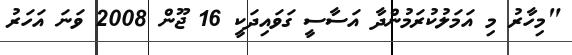
"މިހާރު މި އަމަލުކުރަމުންދާ އަސާސީ ގަވައިދަކީ 16 ޖޫން 2008 ވަނަ އަހަރު